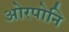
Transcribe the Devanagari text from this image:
ओरपोनि